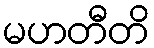
မဟတီတိ